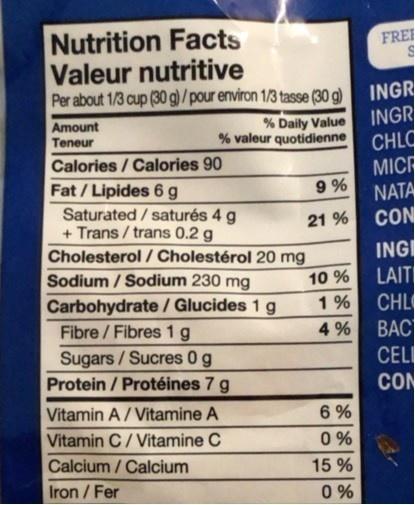
Nutrition Facts Valeur nutritive Per about 1/3 cup (30 g)/ pour environ 1/3 tasse (30 g)
FREI
INGR INGR CHLO
% Daily Value % valeur quotidienne
Amount
Teneur
Calories / Calories 90
MIC 9 % NATA
Fat / Lipides 6 g
Saturated / saturés 4 g + Trans / trans 0.2 g Cholesterol / Cholestérol 20 mg Sodium / Sodium 230 mg Carbohydrate / Glucides 1 g Fibre / Fibres 1 g
CON ING LAIT CHL BAC CEL CON
21 %
10 %
1%
4 %
Sugars / Sucres 0g Protein / Protéines 7 g
Vitamin A/ Vitamine A
6 %
Vitamin C/Vitamine C
0 %
Calcium / Calcium
15 %
Iron / Fer
0 %